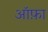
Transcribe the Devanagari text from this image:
ऑफ़ा